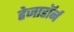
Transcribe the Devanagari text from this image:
हेजाडॉर्न